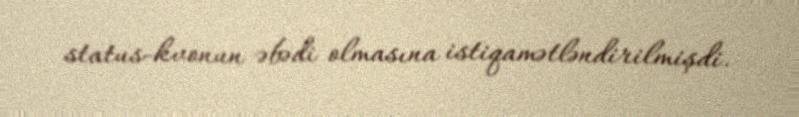
status-kvonun əbədi olmasına istiqamətləndirilmişdi.